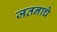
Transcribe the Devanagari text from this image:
जतनाचे